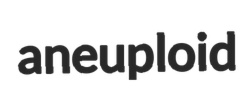
aneuploid